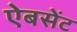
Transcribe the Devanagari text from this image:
ऐबसेंट